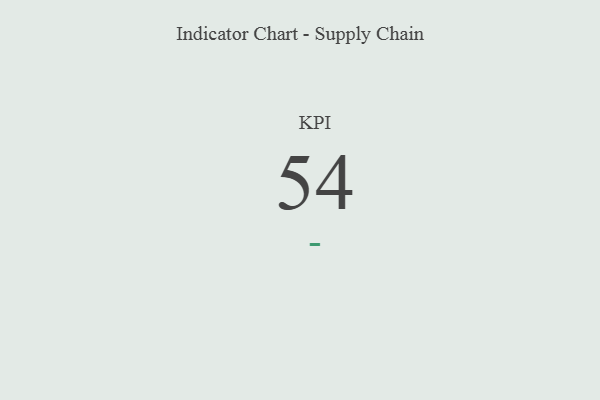
{"axis": {"x": "KPI", "y": "Value"}, "legend": [""], "data": [{"x": "KPI", "y": 54, "type": ""}]}